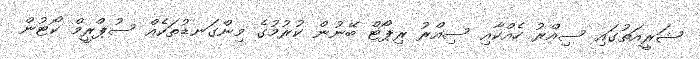
ޝަރީއަތުގައި ސިއްރު ހެއްކާއި ސިއްރު ރިޕޯޓް ބޭނުން ކުރުމުގެ މިންގަނޑުތަކެއް ސުޕްރީމް ކޯޓުން